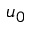
u _ { 0 }